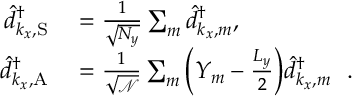
\begin{array} { r l } { \hat { d } _ { k _ { x } , \mathrm { S } } ^ { \dagger } } & { { } = \frac { 1 } { \sqrt { N _ { y } } } \sum _ { m } \hat { d } _ { k _ { x } , m } ^ { \dagger } , } \\ { \hat { d } _ { k _ { x } , \mathrm { A } } ^ { \dagger } } & { { } = \frac { 1 } { \sqrt { \mathcal { N } } } \sum _ { m } \Big ( Y _ { m } - \frac { L _ { y } } { 2 } \Big ) \hat { d } _ { k _ { x } , m } ^ { \dagger } ~ ~ . } \end{array}